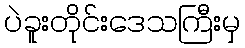
ပဲခူးတိုင်းဒေသကြီးမှ